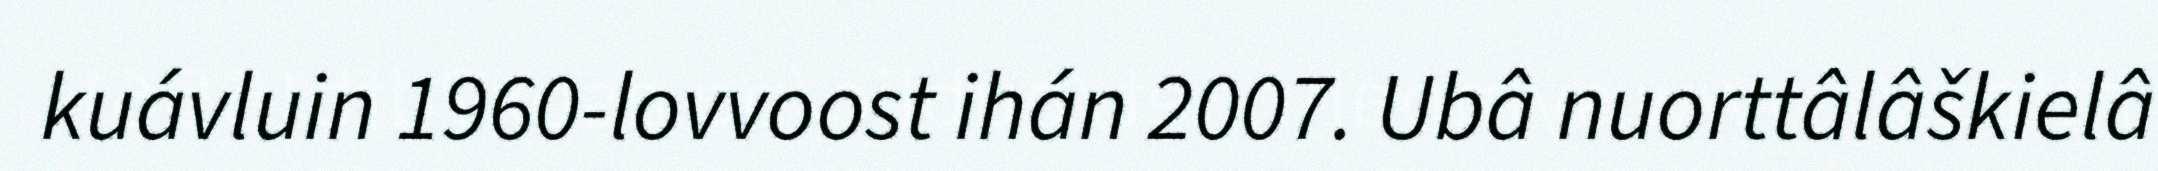
kuávluin 1960-lovvoost ihán 2007. Ubâ nuorttâlâškielâ